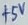
Text: +5V